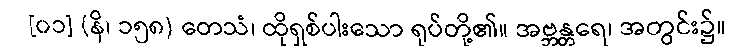
[၀၁] (နိ၊ ၁၅၈) တေသံ၊ ထိုရှစ်ပါးသော ရုပ်တို့၏။ အဗ္ဘန္တရေ၊ အတွင်း၌။